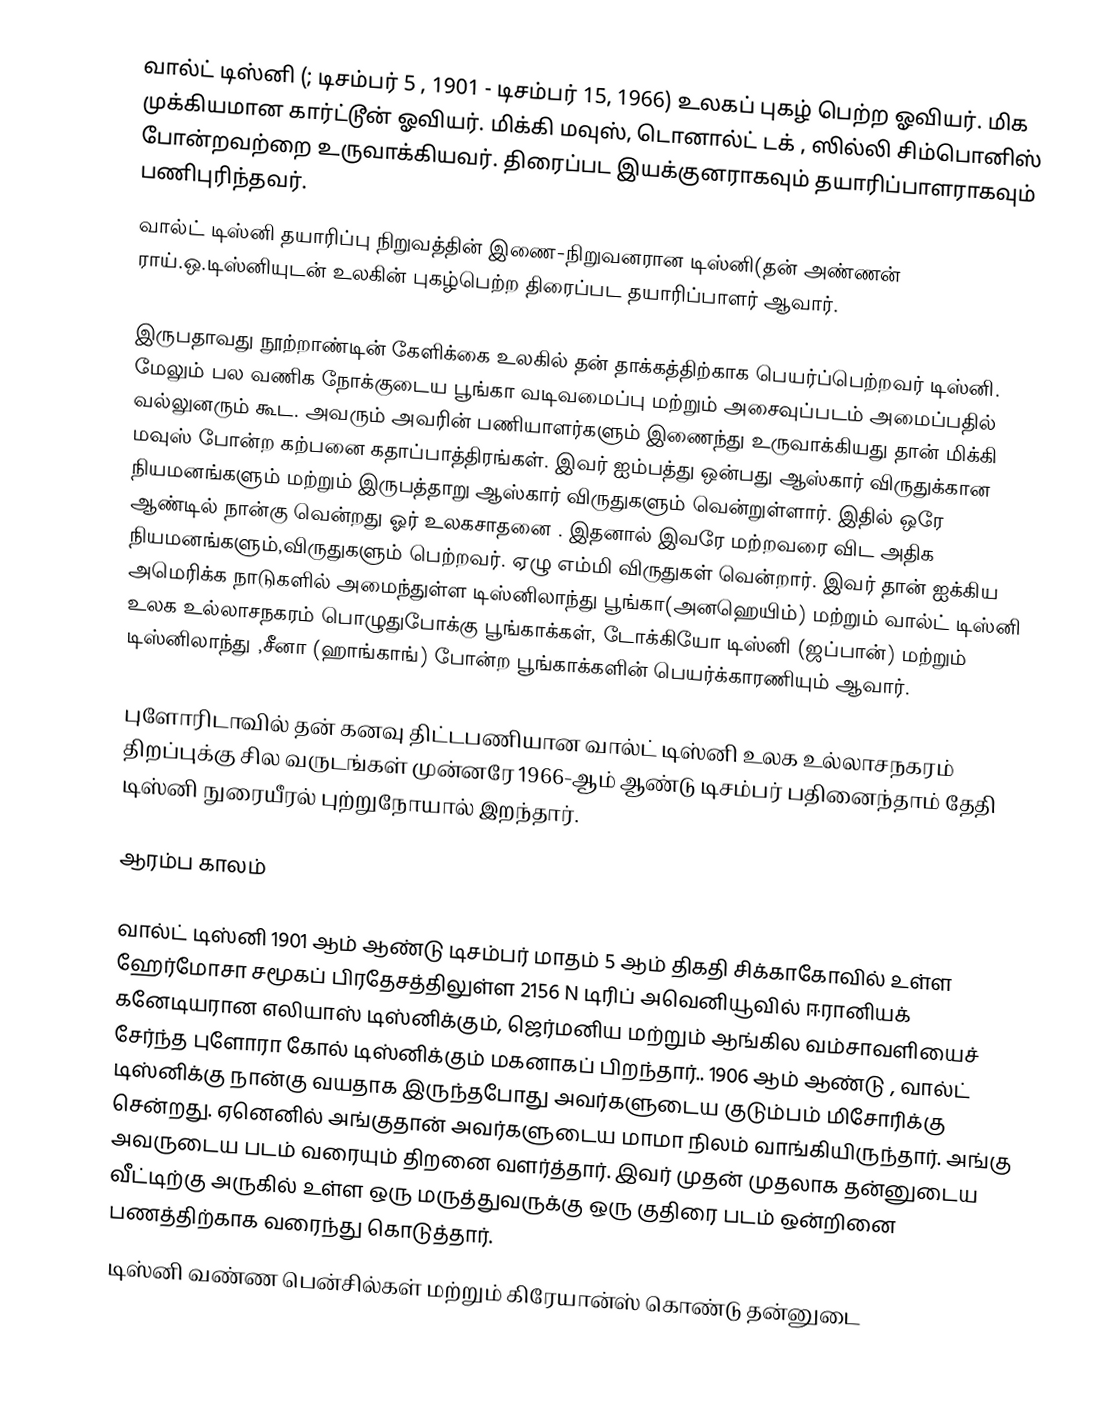
வால்ட் டிஸ்னி (; டிசம்பர் 5 , 1901 - டிசம்பர் 15, 1966) உலகப் புகழ் பெற்ற ஓவியர். மிக முக்கியமான கார்ட்டூன் ஓவியர். மிக்கி மவுஸ்,  டொனால்ட் டக் , ஸில்லி சிம்பொனிஸ் போன்றவற்றை உருவாக்கியவர். திரைப்பட இயக்குனராகவும் தயாரிப்பாளராகவும் பணிபுரிந்தவர்.
வால்ட் டிஸ்னி தயாரிப்பு நிறுவத்தின் இணை-நிறுவனரான டிஸ்னி(தன் அண்ணன் ராய்.ஒ.டிஸ்னியுடன் உலகின் புகழ்பெற்ற திரைப்பட தயாரிப்பாளர் ஆவார்.

இருபதாவது நூற்றாண்டின் கேளிக்கை உலகில் தன் தாக்கத்திற்காக பெயர்ப்பெற்றவர் டிஸ்னி. மேலும் பல வணிக நோக்குடைய பூங்கா வடிவமைப்பு மற்றும் அசைவுப்படம் அமைப்பதில் வல்லுனரும் கூட. அவரும் அவரின் பணியாளர்களும் இணைந்து உருவாக்கியது தான் மிக்கி மவுஸ் போன்ற கற்பனை கதாப்பாத்திரங்கள். இவர் ஐம்பத்து ஒன்பது ஆஸ்கார் விருதுக்கான நியமனங்களும் மற்றும் இருபத்தாறு ஆஸ்கார் விருதுகளும் வென்றுள்ளார். இதில் ஒரே ஆண்டில் நான்கு வென்றது ஓர் உலகசாதனை . இதனால் இவரே மற்றவரை விட அதிக நியமனங்களும்,விருதுகளும் பெற்றவர். ஏழு  எம்மி விருதுகள் வென்றார். இவர் தான்  ஐக்கிய  அமெரிக்க நாடுகளில் அமைந்துள்ள  டிஸ்னிலாந்து பூங்கா(அனஹெயிம்) மற்றும் வால்ட் டிஸ்னி உலக உல்லாசநகரம் பொழுதுபோக்கு பூங்காக்கள், டோக்கியோ டிஸ்னி (ஜப்பான்)  மற்றும் டிஸ்னிலாந்து ,சீனா (ஹாங்காங்) போன்ற பூங்காக்களின் பெயர்க்காரணியும் ஆவார்.

புளோரிடாவில் தன் கனவு திட்டபணியான வால்ட் டிஸ்னி உலக உல்லாசநகரம் திறப்புக்கு சில வருடங்கள் முன்னரே 1966-ஆம் ஆண்டு டிசம்பர் பதினைந்தாம் தேதி டிஸ்னி நுரையீரல் புற்றுநோயால் இறந்தார்.

ஆரம்ப காலம்

வால்ட் டிஸ்னி 1901 ஆம் ஆண்டு டிசம்பர் மாதம் 5 ஆம் திகதி சிக்காகோவில் உள்ள ஹேர்மோசா சமூகப் பிரதேசத்திலுள்ள 2156 N டிரிப் அவெனியூவில் ஈரானியக் கனேடியரான எலியாஸ் டிஸ்னிக்கும், ஜெர்மனிய மற்றும் ஆங்கில வம்சாவளியைச் சேர்ந்த புளோரா கோல் டிஸ்னிக்கும் மகனாகப் பிறந்தார்.. 1906 ஆம் ஆண்டு , வால்ட் டிஸ்னிக்கு நான்கு வயதாக இருந்தபோது அவர்களுடைய குடும்பம் மிசோரிக்கு சென்றது. ஏனெனில் அங்குதான் அவர்களுடைய மாமா நிலம் வாங்கியிருந்தார். அங்கு அவருடைய படம் வரையும் திறனை வளர்த்தார். இவர் முதன் முதலாக தன்னுடைய வீட்டிற்கு அருகில் உள்ள ஒரு மருத்துவருக்கு ஒரு குதிரை படம் ஒன்றினை பணத்திற்காக வரைந்து கொடுத்தார்.
டிஸ்னி வண்ண பென்சில்கள் மற்றும் கிரேயான்ஸ் கொண்டு தன்னுடை